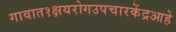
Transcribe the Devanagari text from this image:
गावात१क्षयरोगउपचारकेंद्रआहे